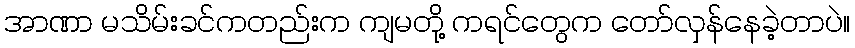
အာဏာ မသိမ်းခင်ကတည်းက ကျမတို့ ကရင်တွေက တော်လှန်နေခဲ့တာပဲ။